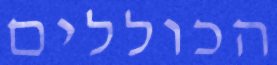
הכוללים